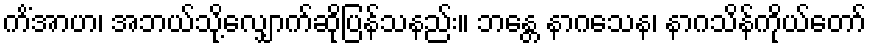
ကိံအာဟ၊ အဘယ်သို့လျှောက်ဆိုပြန်သနည်း။ ဘန္တေ နာဂသေန၊ နာဂသိန်ကိုယ်တော်